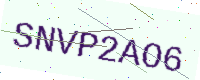
Text: SNVP2AO6